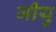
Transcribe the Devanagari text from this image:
जीयु